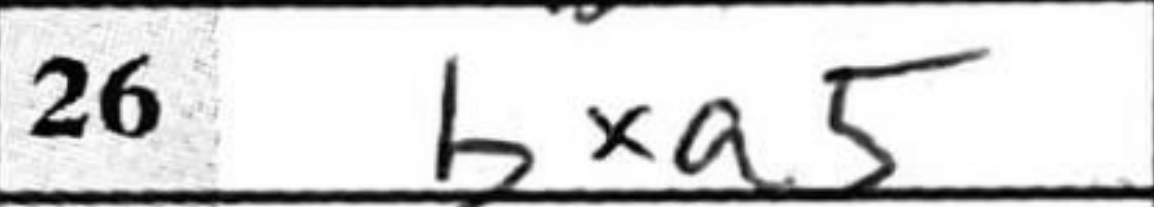
Transcription: bxa5